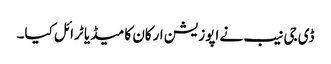
ڈی جی نیب نے اپوزیشن ارکان کا میڈیا ٹرائل کیا۔